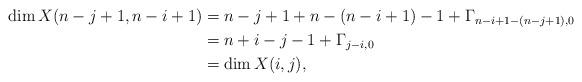
LaTeX: \begin{align*}\dim X(n-j+1, n-i+1) &= n-j+1+n-(n-i+1) -1 + \Gamma_{n-i+1-(n-j+1),0} \\&=n+i-j-1 + \Gamma_{j-i,0}\\&= \dim X(i,j), \end{align*}